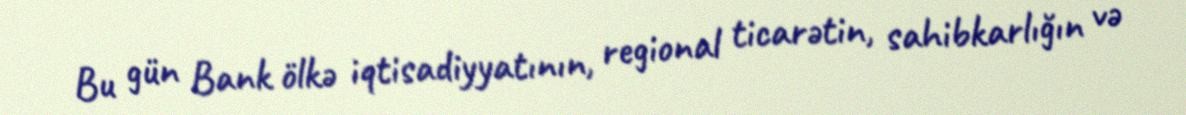
Bu gün Bank ölkə iqtisadiyyatının, regional ticarətin, sahibkarlığın və